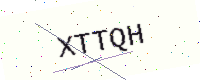
Text: XTTQH